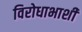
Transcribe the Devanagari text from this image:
विरोधाभाशी